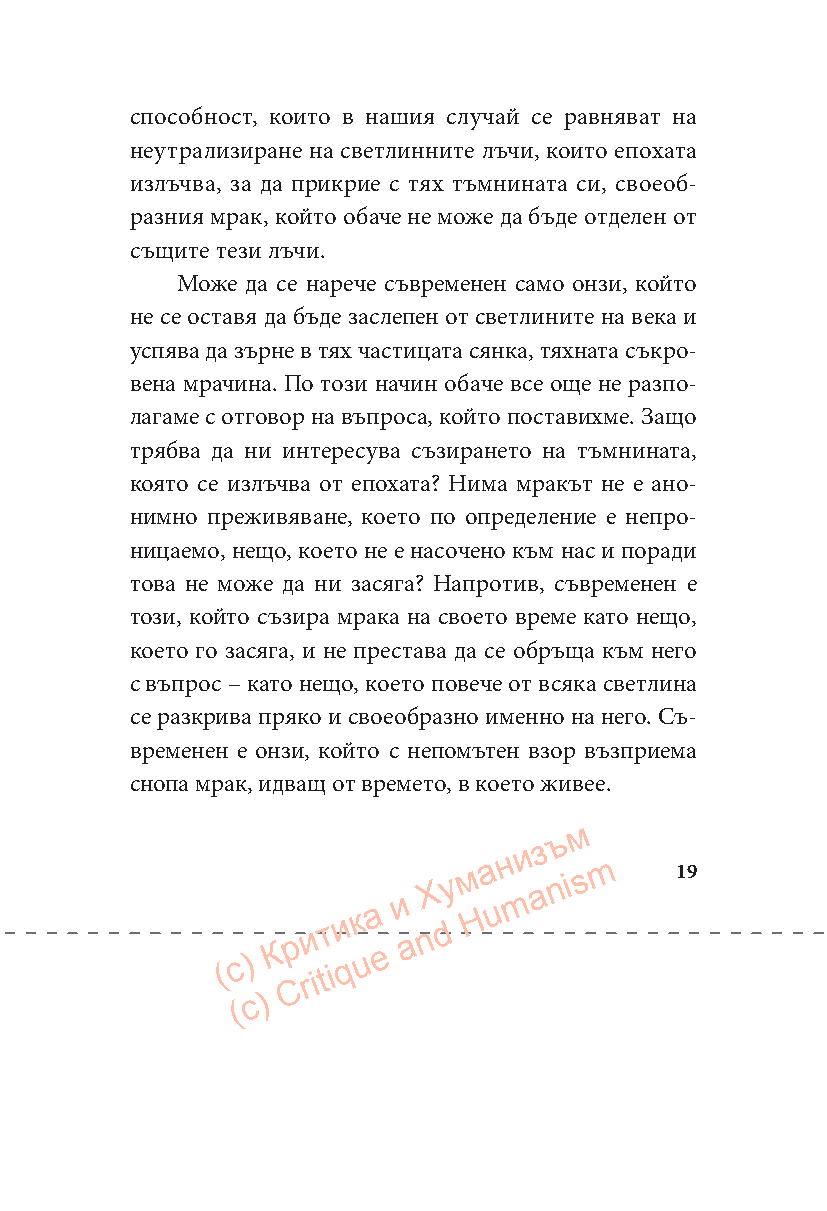
способност, които в нашия случай се равняват на
 неутрализиране на светлинните лъчи, които епохата
 излъчва, за да прикрие с тях тъмнината си, своеоб-
 разния мрак, който обаче не може да бъде отделен от
 същите тези лъчи.
 Може да се нарече съвременен само онзи, който
 не се оставя да бъде заслепен от светлините на века и
 успява да зърне в тях частицата сянка, тяхната съкро-
 вена мрачина. По този начин обаче все още не разпо-
 лагаме с отговор на въпроса, който поставихме. Защо
 трябва да ни интересува съзирането на тъмнината,
 която се излъчва от епохата? Нима мракът не е ано-
 нимно преживяване, което по определение е непро-
 ницаемо, нещо, което не е насочено към нас и поради
 това не може да ни засяга? Напротив, съвременен е
 този, който съзира мрака на своето време като нещо,
 което го засяга, и не престава да се обръща към него
 с въпрос – като нещо, което повече от всяка светлина
 се разкрива пряко и своеобразно именно на него. Съ-
 временен е онзи, който с непомътен взор възприема
 снопа мрак, идващ от времето, в което живее.
 м
 ъ
 и з
 ( c )
 К
 Cр rи itт
 iи
 q
 к
 u
 а
 e
 и
 a
 nХ dу м
 H
 а
 u
 н
 m
 a n i s m 19
 ( c )